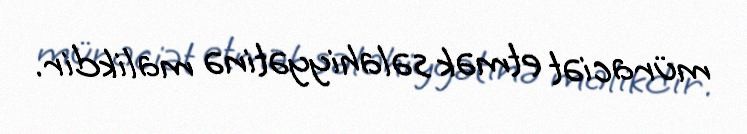
müraciət etmək səlahiyyətinə malikdir.